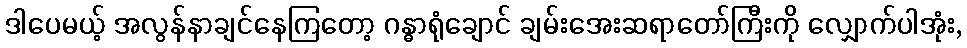
ဒါပေမယ့် အလွန်နာချင်နေကြတော့ ဂန္ဓာရုံချောင် ချမ်းအေးဆရာတော်ကြီးကို လျှောက်ပါအုံး,